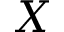
X